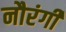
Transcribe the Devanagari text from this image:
नौरंगी